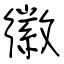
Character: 徽